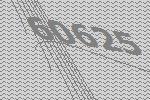
60625